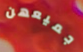
جميعهن